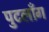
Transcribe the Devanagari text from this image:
पुटलाँग